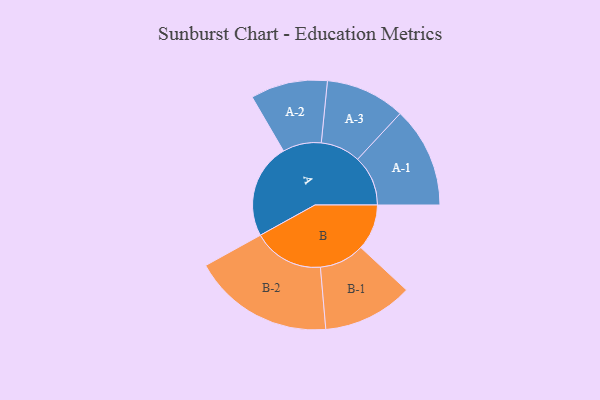
{"axis": {"x": "Segment", "y": "Value"}, "legend": ["", "A", "B"], "data": [{"x": "A", "y": 360, "type": ""}, {"x": "B", "y": 174, "type": ""}, {"x": "A-1", "y": 191, "type": "A"}, {"x": "A-2", "y": 146, "type": "A"}, {"x": "A-3", "y": 151, "type": "A"}, {"x": "B-1", "y": 171, "type": "B"}, {"x": "B-2", "y": 268, "type": "B"}]}